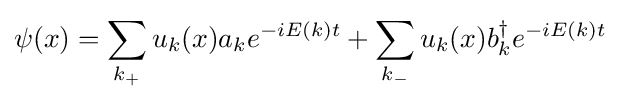
\psi (x)=\sum _{k_{+}}u_{k}(x)a_{k}e^{-iE(k)t}+\sum _{k_{-}}u_{k}(x)b_{k}^{\dagger }e^{-iE(k)t}